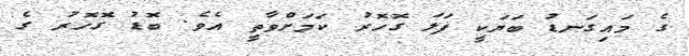
ގެ މައިގަނޑު ބަޔަކީ ފަލަ ގޮހޮރު ކަމަށްވާތީ އެވެ. ބޮޑު ގޮހޮރު ގެ